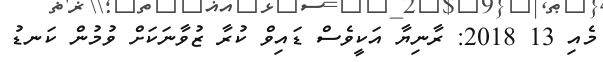
މެއި 13 2018: ރާނިޔާ އަކީވެސް ޑައިވް ކުރާ ޒުވާނަކަށް ވުމުން ކަނޑު